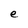
Character: e